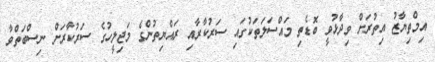
އިމްތިޔާޒު އިތުރަށް ވިދާޅުވީ ބޮޑެތި މައްސަލަތަކުގައި ސަރުކާރާއި ރައްޔިތުންގެ މަޖިލީހުގެ ސަރުކާރަށް ނިސްބަތްވާ